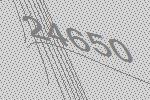
24650